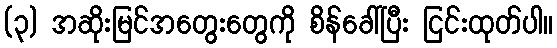
(၃) အဆိုးမြင်အတွေးတွေကို စိန်ခေါ်ပြီး ငြင်းထုတ်ပါ။